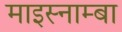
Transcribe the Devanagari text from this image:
माइस्नाम्बा